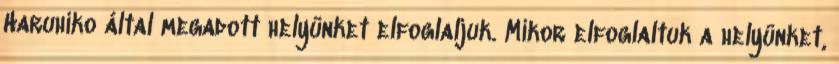
Haruhiko által megadott helyünket elfoglaljuk. Mikor elfoglaltuk a helyünket,